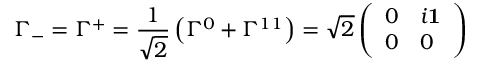
\Gamma _ { - } = \Gamma ^ { + } = { \frac { 1 } { \sqrt { 2 } } } \left( \Gamma ^ { 0 } + \Gamma ^ { 1 1 } \right) = \sqrt { 2 } \left( \begin{array} { l l } { { 0 } } & { { i \bf { 1 } } } \\ { { 0 } } & { { 0 } } \end{array} \right)